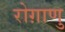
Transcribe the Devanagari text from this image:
रोग़ाणु